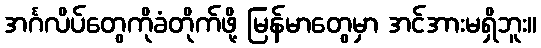
အင်္ဂလိပ်တွေကိုခံတိုက်ဖို့ မြန်မာတွေမှာ အင်အားမရှိဘူး။